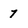
Character: 7